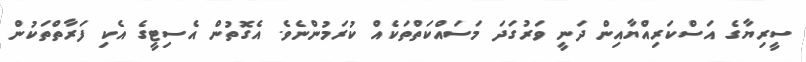
ސީރިޔާގެ އަސްކަރިއްޔާއިން ދަނީ ވަރުގަދަ މަސައްކަތްތަކެއް ކުރަމުންނެވެ. އެގޮތުން އެސިޓީގެ އެކި ފަރާތްތަކުން